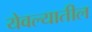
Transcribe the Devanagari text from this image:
येवल्यातील